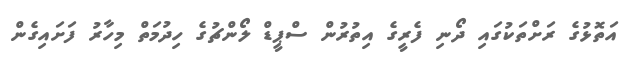
އަތޮޅުގެ ރަށްތަކުގައި ދޯނި ފެރީގެ އިތުރުން ސްޕީޑް ލޯންޗުގެ ހިދުމަތް މިހާރު ފަށައިގެން